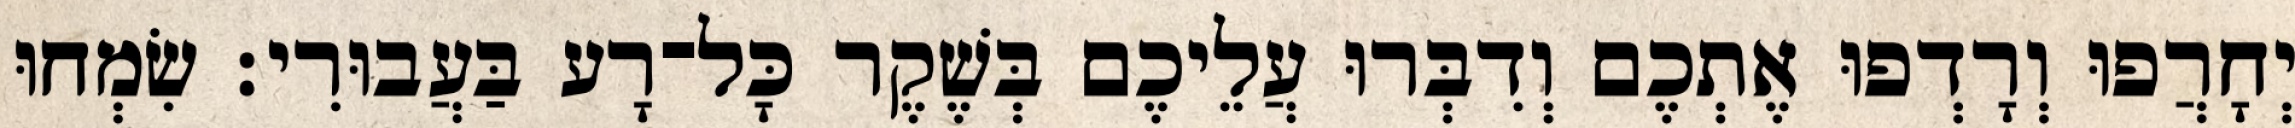
יְחָרֲפוּ וְרָדְפוּ אֶתְכֶם וְדִבְּרוּ עֲלֵיכֶם בְּשֶׁקֶר כָּל־רָע בַּעֲבוּרִי׃ שִׂמְחוּ